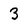
Character: 3